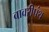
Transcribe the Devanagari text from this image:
बावरीपंथ